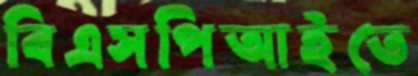
বিএসপিআইতে